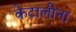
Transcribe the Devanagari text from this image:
केटालीना